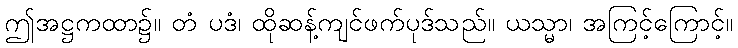
ဤအဋ္ဌကထာ၌။ တံ ပဒံ၊ ထိုဆန့်ကျင်ဖက်ပုဒ်သည်။ ယသ္မာ၊ အကြင့်ကြောင့်။